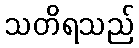
သတိရသည်